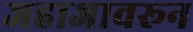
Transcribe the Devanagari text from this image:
जहाजावरून